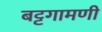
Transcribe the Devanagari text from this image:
बट्टगामणी